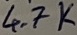
Text: 4.7K